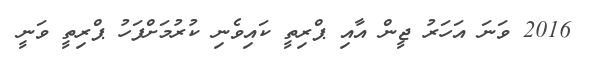
2016 ވަނަ އަހަރު ޖީން އާއި ޕްރިތީ ކައިވެނި ކުރުމަށްފަހު ޕްރިތީ ވަނީ